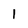
Character: l